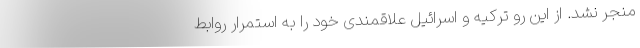
منجر نشد. از این رو ترکیه و اسرائیل علاقمندی خود را به استمرار روابط